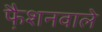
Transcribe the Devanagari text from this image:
फै़शनवाले